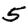
Digit: 5